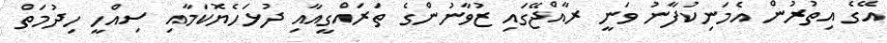
އޭގެ އިތުރުން އެމަނިކުފާނު ވަނީ ރާއްޖޭގައި ޒުވާނުންގެ ތަރައްގީއާއި ދުޅަހެޔޮކަމާއި ސިއްހީ ހިދުމަތް